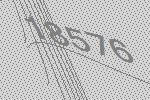
18576